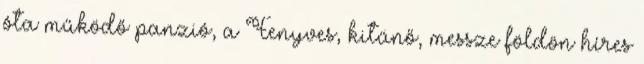
óta működő panzió, a Fenyves, kitűnő, messze földön híres